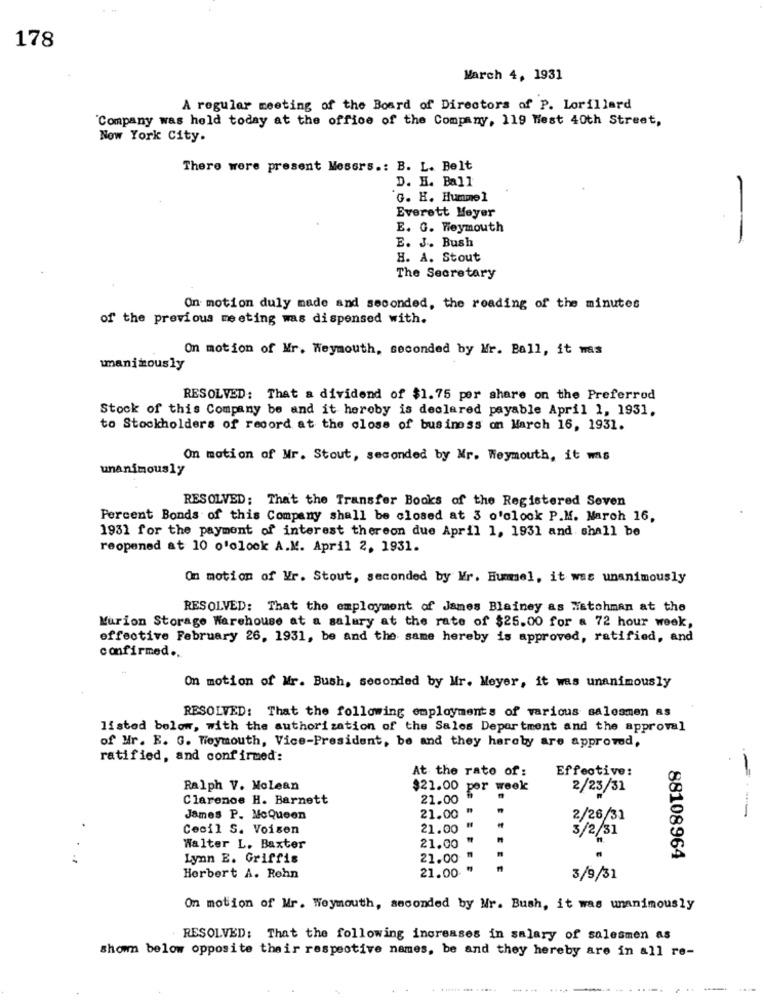
178
March 4, 1931
A regular meeting of the Board of Directors of P. Lorillard
"Company was held today at the office of the Company, 119 West 40th Street,
Now York City.
There were present Mesers .: B. L. Belt
D. H. Ball
G. H. Hummel
Everett Meyer
E. G. Weymouth
E. J. Bush
H. A. Stout
The Secretary
On motion duly made and seconded, the reading of the minutes
of the previous meeting was dispensed with.
On motion of Mr. Weymouth, seconded by Mr. Ball, it was
unanimously
RESOLVED: That a dividend of $1.75 per share on the Preferred
Stock of this Company be and it hereby is declared payable April 1, 1931.
to Stockholders of record at the close of business on March 16, 1931.
On motion of Mr. Stout, seconded by Mr. Weymouth, it was
unanimously
RESOLVED: That the Transfer Books of the Registered Seven
Percent Bonds of this Company shall be closed at 3 o'clock P.M. March 16,
1931 for the payment of interest thereon due April 1, 1931 and shall be
reopened at 10 o'clock A.M. April 2, 1931.
On motion of Vr. Stout, seconded by Mr. Hummel, it was unanimously
RESOLVED: That the employment of James Blainey as Watchman at the
Kurion Storage Warehouse at a salary at the rate of $25.00 for a 72 hour week,
effective February 26, 1931, be and the same hereby is approved, ratified, and
confirmed ..
On motion of Mr. Bush, seconded by Mr. Meyer, it was unanimously
RESOLVED: That the following employments of various salesmen as
listed below, with the authorization of the Sales Department and the approval
of Hr. E. G. Weymouth, Vice-President, be and they hereby are approved,
ratified, and confirmed:
At the rato of:
Effective:
Ralph V. Molean
$21.00 per week
2/23/31
Clarenoe H. Barnett
21.00
James P. McQueen
21.00
2/26/31
----
Cecil S. Voisen
21.00
3/2/31
Walter L. Baxter
21.00
Lynn E. Griffis
21.00
88108964
21.00-
Herbert A. Rehn
3/9/31
On motion of Mr. Weymouth, seconded by Mr. Bush, it was unanimously
RESOLVED: That the following increases in salary of salesmen as
shown below opposite their respective names, be and they hereby are in all re-
.... ...
...